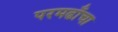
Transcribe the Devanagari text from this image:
परमढाँचा